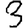
Digit: 3